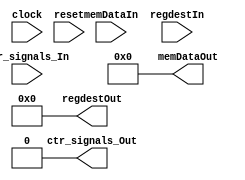
`timescale 1ns / 1ps
//////////////////////////////////////////////////////////////////////////////////
// Company: 
// Engineer: 
// 
// Design Name: 
// Module Name: MAWB_REG
// Project Name: 
// Target Devices: 
// Tool Versions: 
// Description: 
// 
// Dependencies: 
// 
// Revision:
// Revision 0.01 - File Created
// Additional Comments:
// 
//////////////////////////////////////////////////////////////////////////////////


module MAWB_REG(
    input clock,
	input reset,
	input [31:0] memDataIn,
	input ctr_signals_In,
	input [4:0] regdestIn,
	output reg [31:0] memDataOut,
	output reg ctr_signals_Out,
	output reg [4:0] regdestOut
    );

	initial begin
		memDataOut <= 0;
		ctr_signals_Out <= 0;
		regdestOut <= 0;
	end
	
	always@ (reset)
	begin
	   if(reset)
	   begin
	   memDataOut <= 0;
	   ctr_signals_Out <= 0;
	   regdestOut <= 0;
	   end
    end
	always @ (posedge clock)
	begin
        memDataOut <= memDataIn;
        ctr_signals_Out <= ctr_signals_In;
        regdestOut <= regdestIn;
	end
endmodule